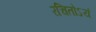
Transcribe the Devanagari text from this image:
रचितोऽयं